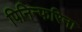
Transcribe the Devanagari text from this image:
पिनिन्फरिना